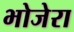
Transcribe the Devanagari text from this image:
भोजेरा